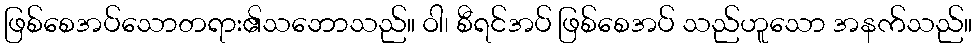
ဖြစ်စေအပ်သောတရား၏သဘောသည်။ ဝါ၊ စီရင်အပ် ဖြစ်စေအပ် သည်ဟူသော အနက်သည်။